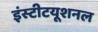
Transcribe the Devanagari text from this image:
इंस्‍टीटयूशनल